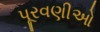
પૂરવણીઓ